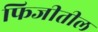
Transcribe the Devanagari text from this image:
फिजीतील